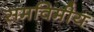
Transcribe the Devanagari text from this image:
समविमीय